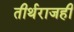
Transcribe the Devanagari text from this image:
तीर्थराजही